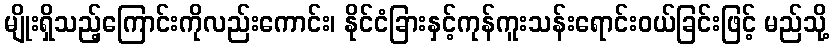
မျိုးရှိသည့်ကြောင်းကိုလည်းကောင်း၊ နိုင်ငံခြားနှင့်ကုန်ကူးသန်းရောင်းဝယ်ခြင်းဖြင့် မည်သို့